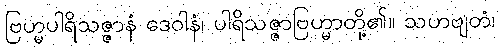
ဗြဟ္မပါရိသဇ္ဇာနံ ဒေဝါနံ၊ ပါရိသဇ္ဇာဗြဟ္မာတို့၏။ သဟဗျတံ၊